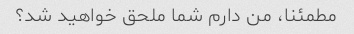
مطمئنا، من دارم شما ملحق خواهید شد؟